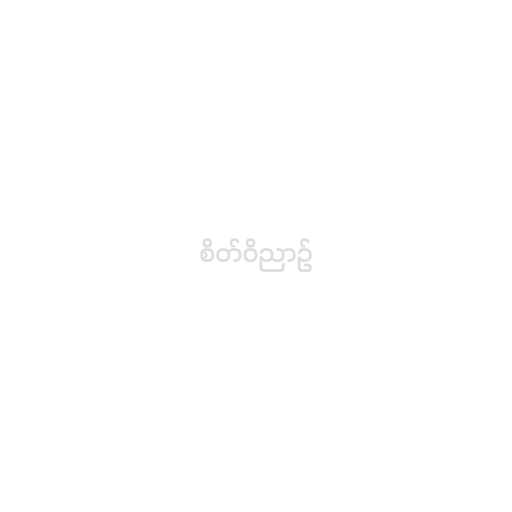
စိတ်ဝိညာဉ်